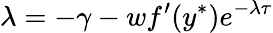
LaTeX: \lambda=-\gamma-wf^{\prime}(y^{*})e^{-\lambda\tau}